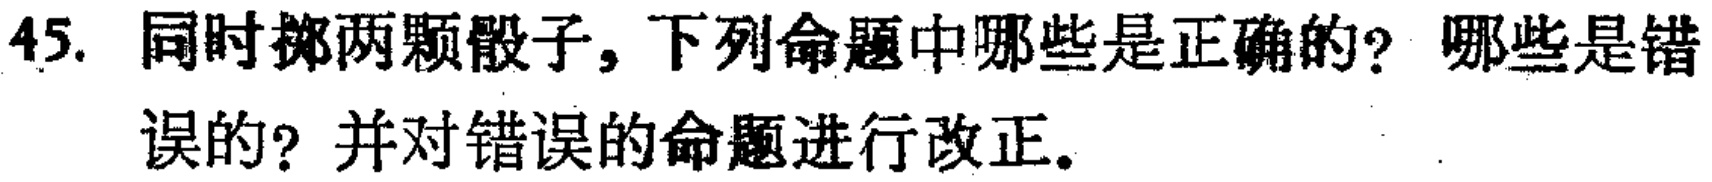
45. 同时掷两颗骰子，下列命题中哪些是正确的？哪些是错误的？并对错误的命题进行改正。